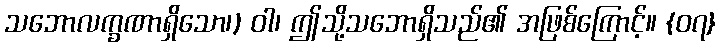
သဘောလက္ခဏာရှိသော၊) ဝါ၊ ဤသို့သဘောရှိသည်၏ အဖြစ်ကြောင့်။ {၀၇}